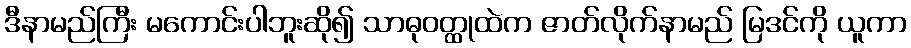
ဒီနာမည်ကြီး မကောင်းပါဘူးဆို၍ သာဓုဝတ္ထုထဲက ဇာတ်လိုက်နာမည် မြဒင်ကို ယူကာ